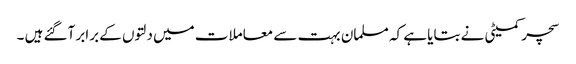
سچر کمیٹی نے بتایا ہے کہ مسلمان بہت سے معاملات میں دلتوں کے برابر آگئے ہیں ۔